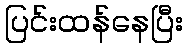
ပြင်းထန်နေပြီး